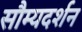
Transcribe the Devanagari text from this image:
सौम्यदर्शन